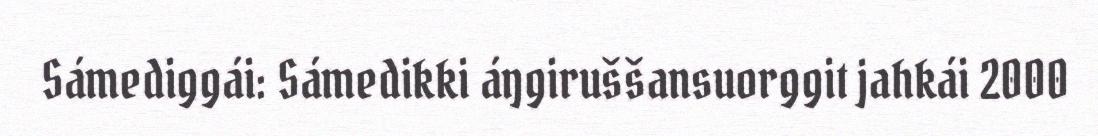
Sámediggái: Sámedikki áŋgiruššansuorggit jahkái 2000